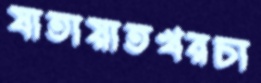
যাতায়াতখরচা